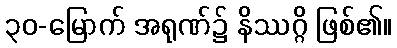
၃၀-မြောက် အရုဏ်၌ နိဿဂ္ဂိ ဖြစ်၏။